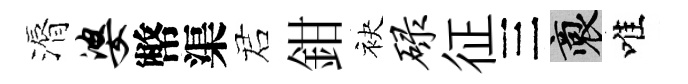
漘婆幣渠诺鉗袂碌征三裔唯